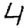
Digit: 4